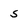
Character: 5